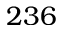
2 3 6